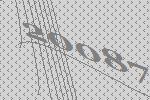
20087